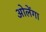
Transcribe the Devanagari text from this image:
ओलेंगा